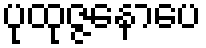
ပုထုဇ္ဇနောပေ